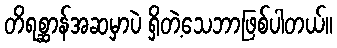
တိရစ္ဆာန်အဆမှာပဲ ရှိတဲ့သေဘာဖြစ်ပါတယ်။